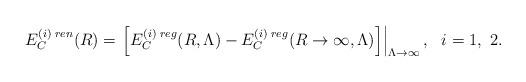
LaTeX: \begin{align*}E_C^{(i)\;ren}(R)=\left.\left[E_C^{(i)\;reg}(R,\Lambda)-E_C^{(i)\;reg}(R\to\infty,\Lambda)\right]\right|_{\Lambda\to\infty},~~i=1,~2.\end{align*}